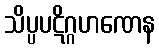
သိပ္ပပဋိဂ္ဂဟဏေန